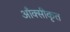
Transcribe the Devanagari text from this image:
आँक्सीकृत